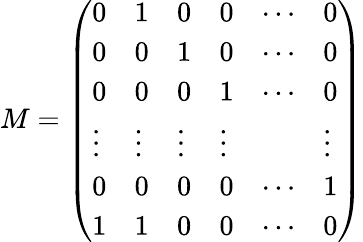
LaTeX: M=\left({\begin{array}{llllll}{0}&{1}&{0}&{0}&{\cdots}&{0}\\ {0}&{0}&{1}&{0}&{\cdots}&{0}\\ {0}&{0}&{0}&{1}&{\cdots}&{0}\\ {\vdots}&{\vdots}&{\vdots}&{\vdots}&&{\vdots}\\ {0}&{0}&{0}&{0}&{\cdots}&{1}\\ {1}&{1}&{0}&{0}&{\cdots}&{0}\end{array}}\right)